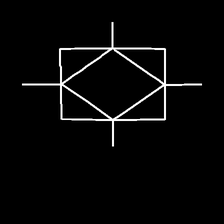
Glyph: light